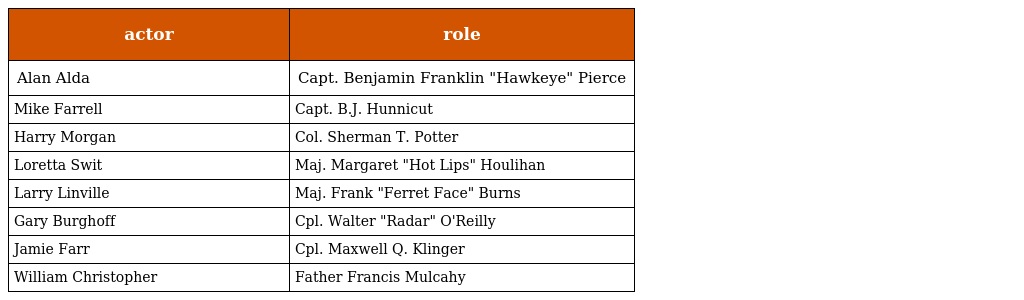
| actor | role |
 | --- | --- |
 | Alan Alda | Capt. Benjamin Franklin "Hawkeye" Pierce |
 | Mike Farrell | Capt. B.J. Hunnicut |
 | Harry Morgan | Col. Sherman T. Potter |
 | Loretta Swit | Maj. Margaret "Hot Lips" Houlihan |
 | Larry Linville | Maj. Frank "Ferret Face" Burns |
 | Gary Burghoff | Cpl. Walter "Radar" O'Reilly |
 | Jamie Farr | Cpl. Maxwell Q. Klinger |
 | William Christopher | Father Francis Mulcahy |